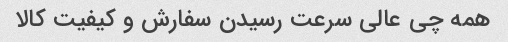
همه چی عالی سرعت رسیدن سفارش و کیفیت کالا